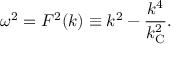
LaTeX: \omega ^ { 2 } = F ^ { 2 } ( k ) \equiv k ^ { 2 } - \frac { k ^ { 4 } } { k _ { \mathrm { C } } ^ { 2 } } .